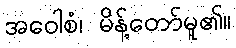
အဝေါစံ၊ မိန့်တော်မူ၏။